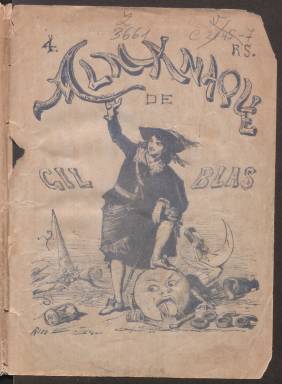
Título: Almanaque de Gil Blas
Colección: Revistas satíricas y humorísticas || Almanaques
Ámbito geográfico: Madrid
Lugar de publicación: Madrid
Fechas: 01/01/1866-31/12/1870